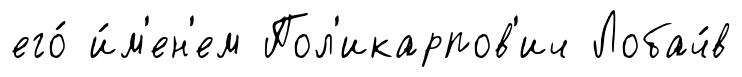
его́ и́м'ен'ем Пол'икарпов'ич Лобач́в